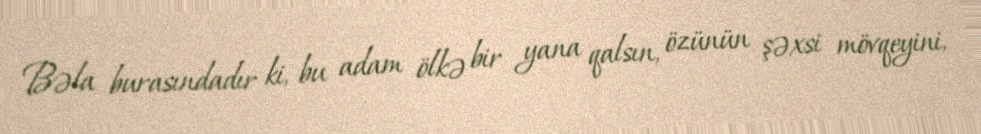
Bəla burasındadır ki, bu adam ölkə bir yana qalsın, özünün şəxsi mövqeyini,